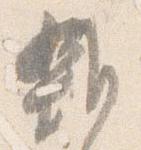
雑